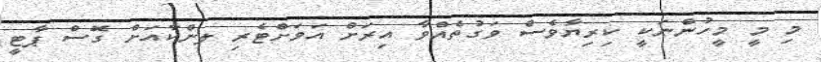
މި މީ މީހުންނަކީ ކިރިޔާވެސް ވަގުތެއްވާ އިރަށް އަވަށްޓެރި ލންކާއަށް ގޮސް ޕާޓީ